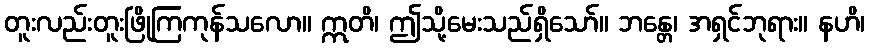
တူးလည်းတူးဖြိုကြကုန်သလော။ ဣတိ၊ ဤသို့မေးသည်ရှိသော်။ ဘန္တေ၊ အရှင်ဘုရား။ နဟိ၊